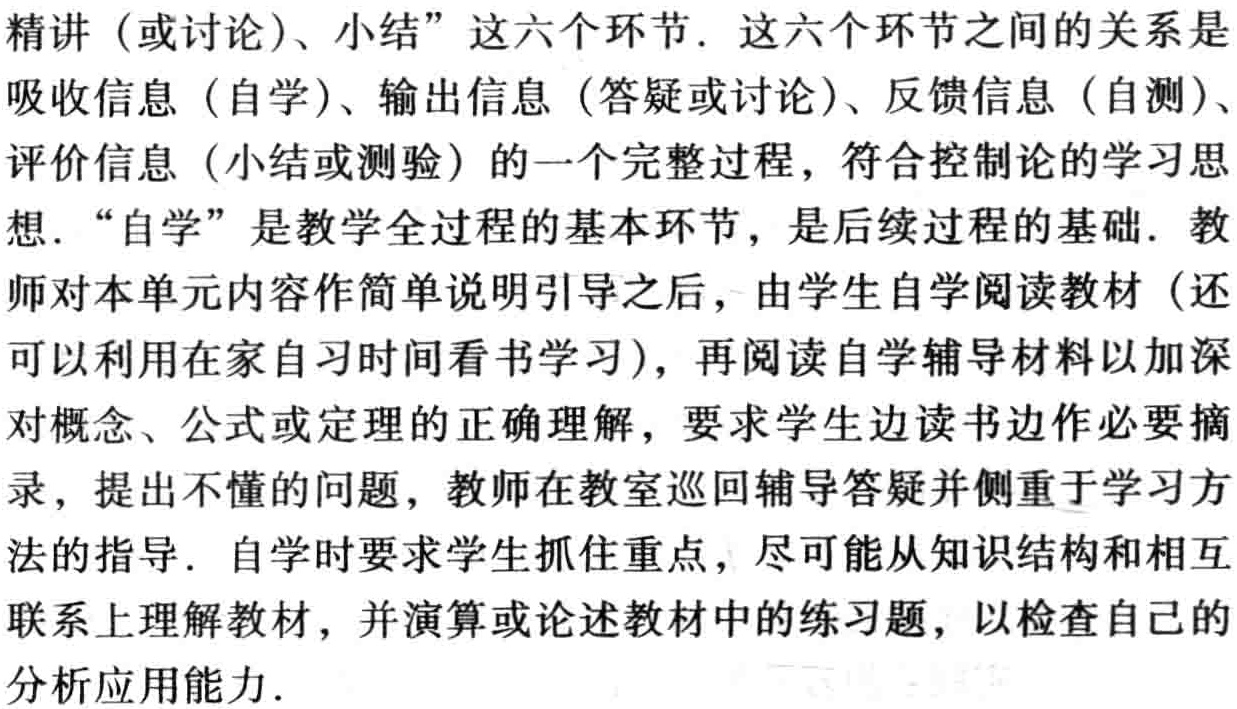
精讲（或讨论）、小结”这六个环节. 这六个环节之间的关系是

吸收信息（自学）、输出信息（答疑或讨论）、反馈信息（自测）、

评价信息（小结或测验）的一个完整过程，符合控制论的学习思

想. “自学”是教学全过程的基本环节，是后续过程的基础. 教

师对本单元内容作简单说明引导之后，由学生自学阅读教材（还

可以利用在家自习时间看书学习），再阅读自学辅导材料以加深

对概念、公式或定理的正确理解，要求学生边读书边作必要摘

录，提出不懂的问题，教师在教室巡回辅导答疑并侧重于学习方

法的指导. 自学时要求学生抓住重点，尽可能从知识结构和相互

联系上理解教材，并演算或论述教材中的练习题，以检查自己的

分析应用能力.